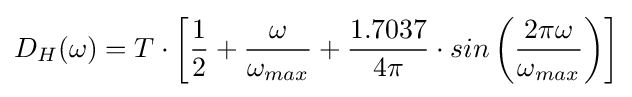
D_{H}(\omega )=T\cdot \left[{\frac {1}{2}}+{\frac {\omega }{\omega _{max}}}+{\frac {1.7037}{4\pi }}\cdot sin\left({\frac {2\pi \omega }{\omega _{max}}}\right)\right]